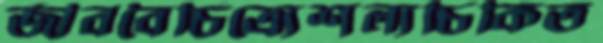
জীববৈচিত্র্যেশল্যচিকিত